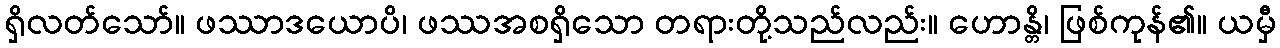
ရှိလတ်သော်။ ဖဿာဒယောပိ၊ ဖဿအစရှိသော တရားတို့သည်လည်း။ ဟောန္တိ၊ ဖြစ်ကုန်၏။ ယမှီ